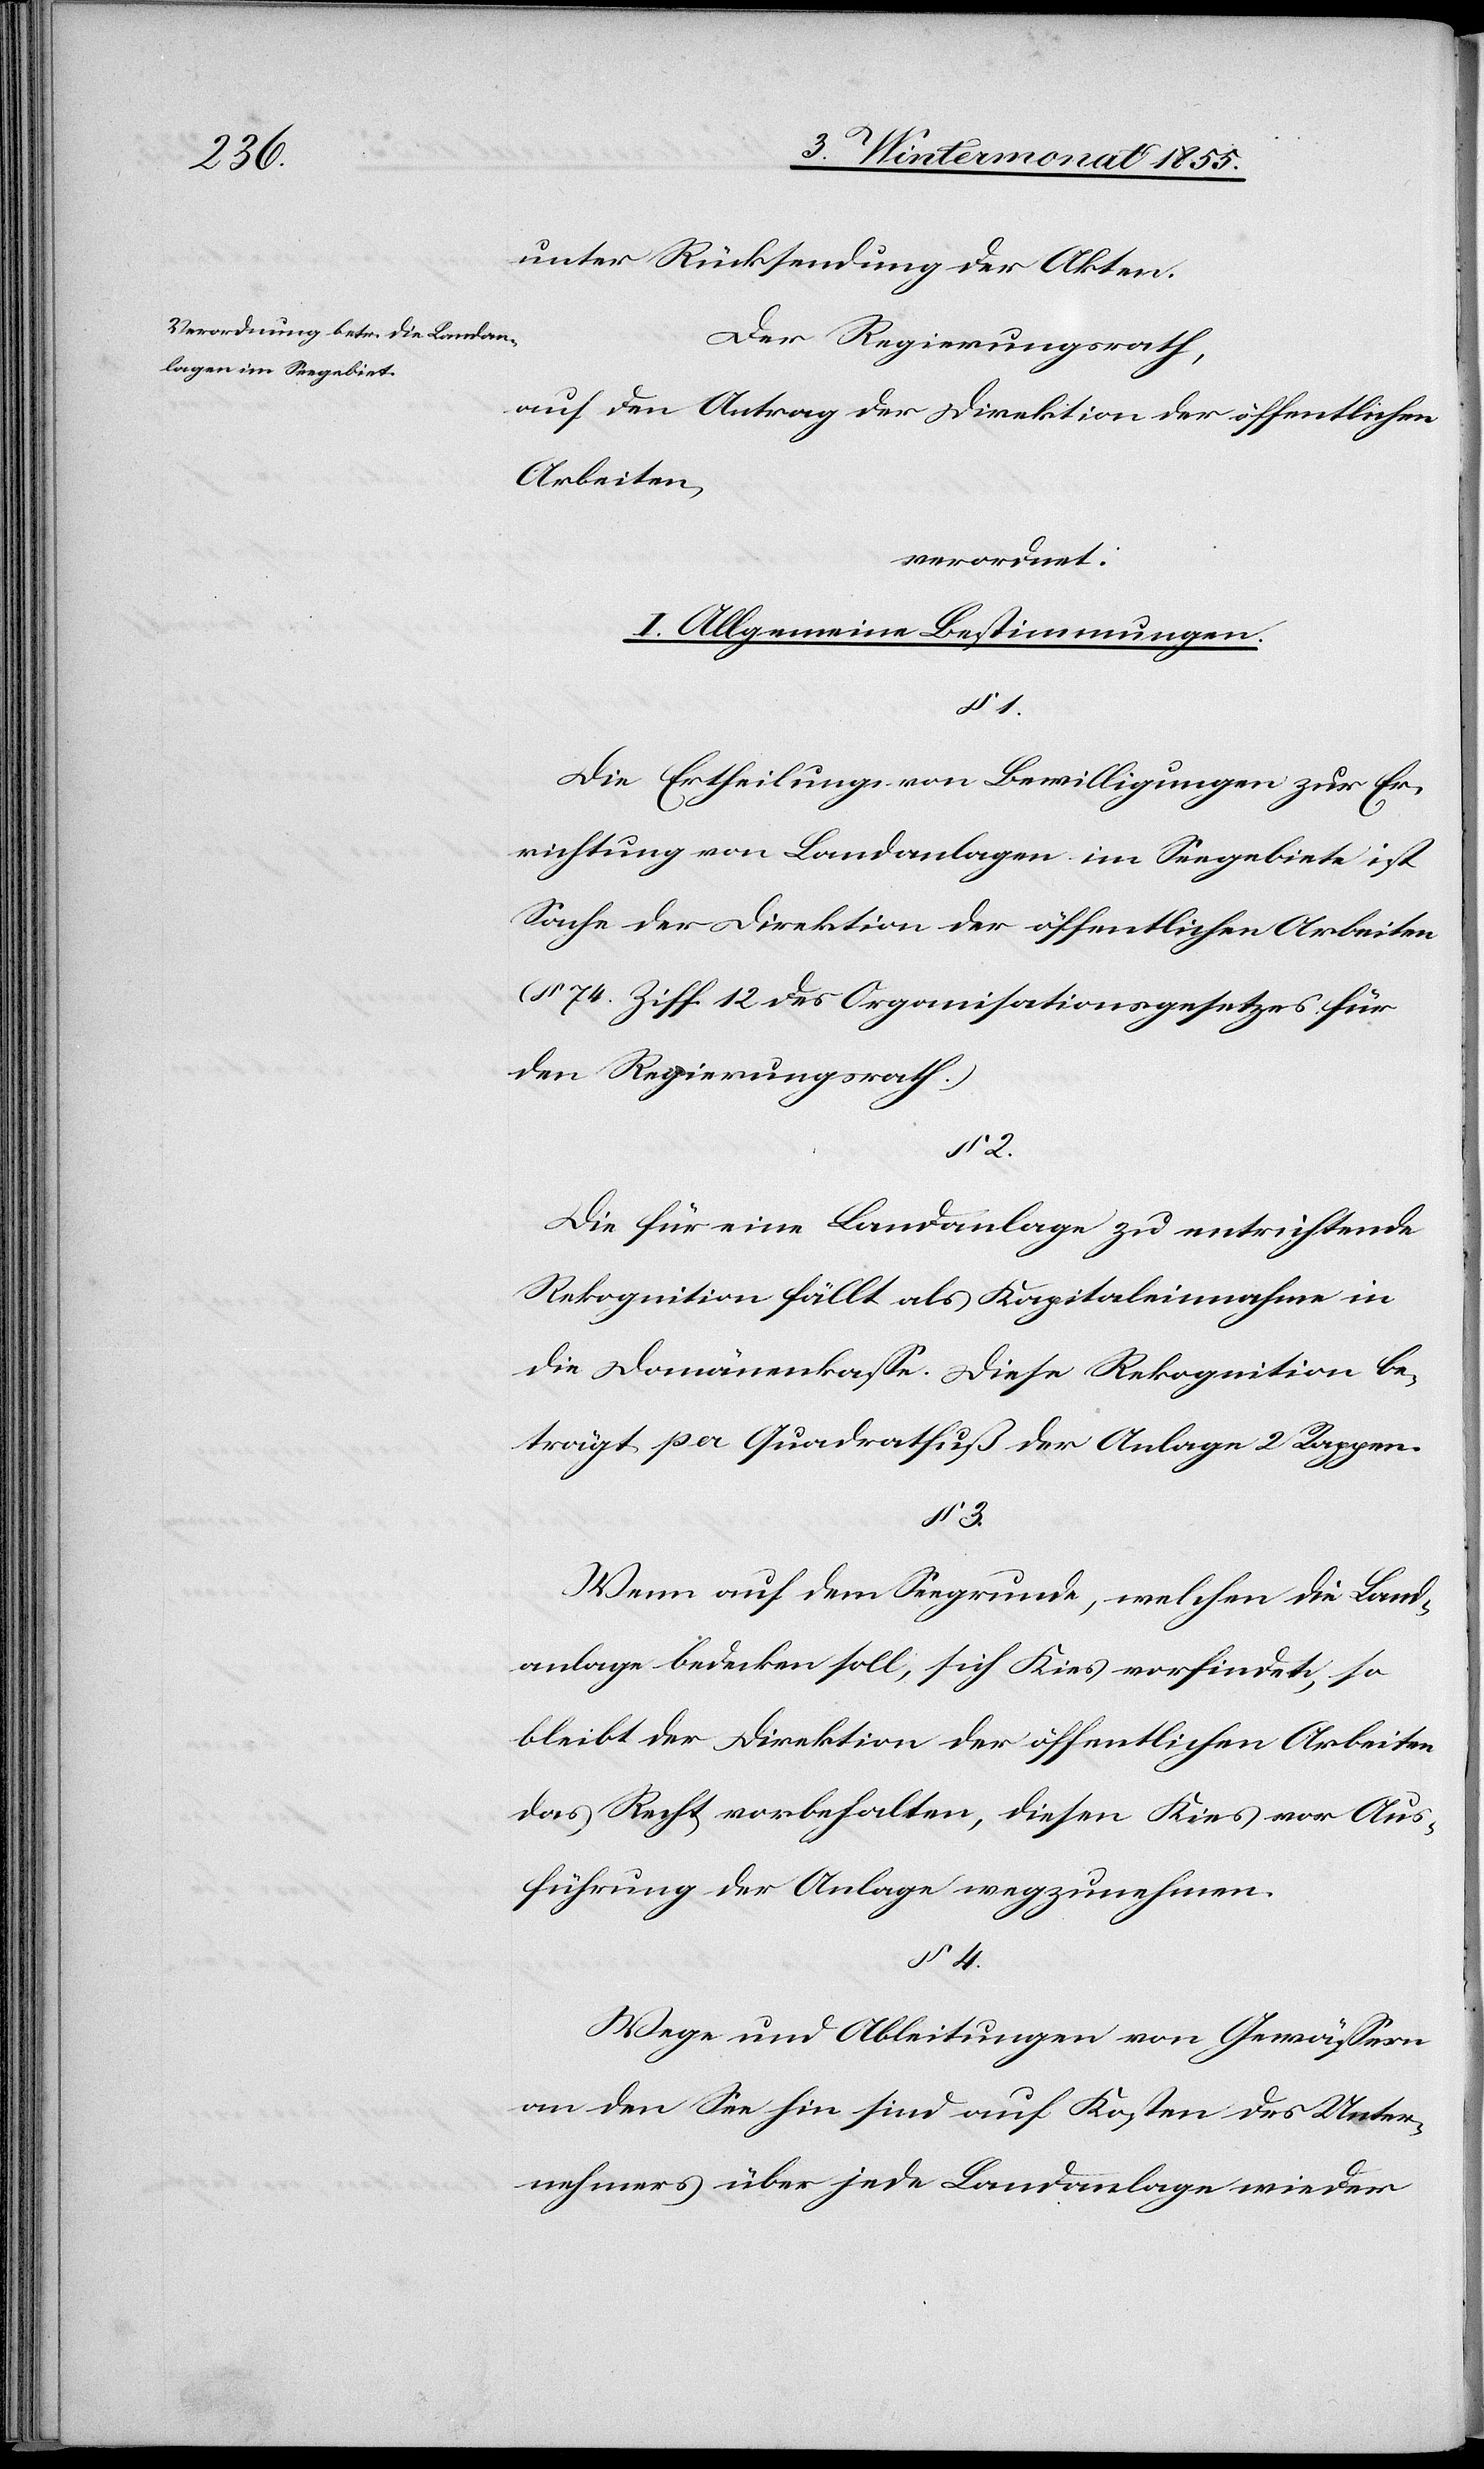
unter Rücksendung der Akten.
Der Regierungsrath,
auf den Antrag der Direktion der öffentlichen
Arbeiten,
verordnet:
I. Allgemeine Bestimmungen.
§ 2.
Die Ertheilung von Bewilligungen zur Er¬
richtung von Landanlagen im Seegebiete ist
Sache der Direktion der öffentlichen Arbeiten
(§ 74. Ziff. 12 des Organisationsgesetzes für
den Regierungsrath.)
Die für eine Landanlage zu entrichtende
Rekognition fällt als Kapitaleinnahme in
die Domänenkasse. Diese Rekognition be¬
trägt per Quadratfuß der Anlage 2 Rappen.
§ 3.
Wenn auf dem Seegrunde, welchen die Land¬
anlage bedecken soll, sich Kies vorfindet, so
bleibt der Direktion der öffentlichen Arbeiten
das Recht vorbehalten, diesen Kies vor Aus¬
führung der Anlage wegzunehmen.
§ 4.
Wege und Ableitungen von Gewässern
an den See hin sind auf Kosten des Unter¬
nehmers über jede Landanlage wieder